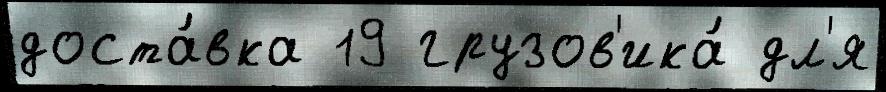
доста́вка 19 грузов'ика́ дл'я